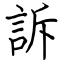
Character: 訴